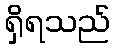
ရှိရသည်